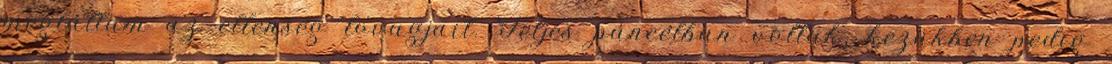
megláttam az ellenség lovagjait. Teljes páncélban voltak, kezükben pedig